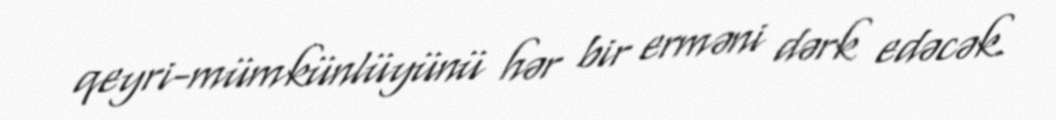
qeyri-mümkünlüyünü hər bir erməni dərk edəcək.